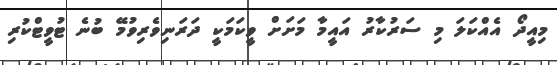
މިއީދޯ އެއްކަލަ މި ސަރުކާރު އައީމާ މަށަށް ވީކަމަކީ ދަރަނިވެރިވުމޭ ބުނެ ޓުވީޓްކުރި